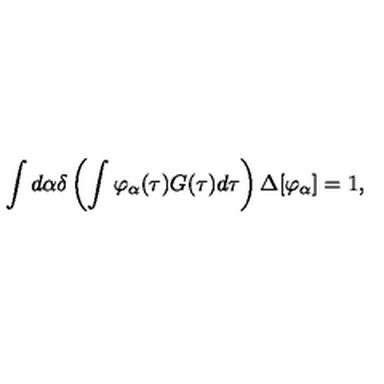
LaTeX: \int d \alpha \delta \left( \int \varphi _ { \alpha } ( \tau ) G ( \tau ) d \tau \right) \Delta [ \varphi _ { \alpha } ] = 1 ,